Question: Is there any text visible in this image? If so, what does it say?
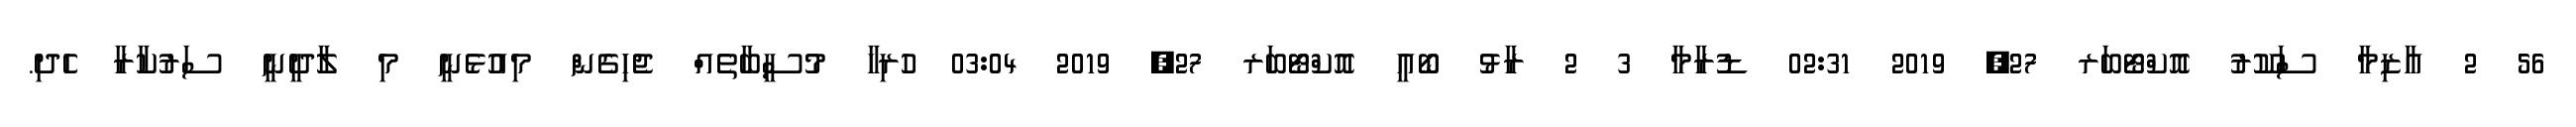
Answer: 56 2 އާޒިމާ ސަކޫރު އޮކްޓޯބަރ 27, 2019 02:31 ޑުރާމާ 3 2 ރާޅު ބޯއީ އޮކްޓޯބަރ 27, 2019 03:04 ހުރިހާ މުސީބާތެއް ޖެހިގެން މިއުޅެނީ މި ލާދީނީ ސަރުކާރާ ހެދި.